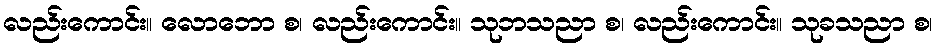
လည်းကောင်း။ လောဘော စ၊ လည်းကောင်း။ သုဘသညာ စ၊ လည်းကောင်း။ သုခသညာ စ၊